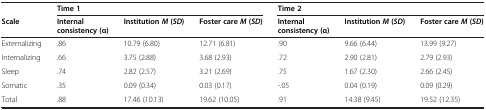
<table><thead><tr><td></td><td colspan="3"><b>Time 1</b></td><td colspan="3"><b>Time 2</b></td></tr><tr><td><b>Scale</b></td><td><b>Internal consistency (α)</b></td><td><b>Institution<i>M</i>(<i>SD</i>)</b></td><td><b>Foster care<i>M</i>(<i>SD</i>)</b></td><td><b>Internal consistency (α)</b></td><td><b>Institution<i>M</i>(<i>SD</i>)</b></td><td><b>Foster care<i>M</i>(<i>SD</i>)</b></td></tr></thead><tbody><tr><td>Externalizing</td><td>.86</td><td>10.79 (6.80)</td><td>12.71 (6.81)</td><td>.90</td><td>9.66 (6.44)</td><td>13.99 (9.27)</td></tr><tr><td>Internalizing</td><td>.66</td><td>3.75 (2.88)</td><td>3.68 (2.93)</td><td>.72</td><td>2.90 (2.81)</td><td>2.79 (2.93)</td></tr><tr><td>Sleep</td><td>.74</td><td>2.82 (2.57)</td><td>3.21 (2.69)</td><td>.75</td><td>1.67 (2.30)</td><td>2.66 (2.45)</td></tr><tr><td>Somatic</td><td>.35</td><td>0.09 (0.34)</td><td>0.03 (0.17)</td><td>-.05</td><td>0.04 (0.19)</td><td>0.09 (0.29)</td></tr><tr><td>Total</td><td>.88</td><td>17.46 (10.13)</td><td>19.62 (10.05)</td><td>.91</td><td>14.38 (9.45)</td><td>19.52 (12.35)</td></tr></tbody></table>